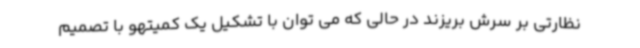
نظارتی بر سرش بریزند در حالی که می توان با تشکیل یک کمیتهو با تصمیم